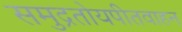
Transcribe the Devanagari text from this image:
समुद्रतोयपीतवाहन